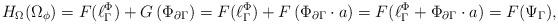
LaTeX: \begin{align*}H_\Omega(\Omega_{\phi}) = F(\ell^\Phi_{\Gamma} )+ G\left( \Phi_{{\partial \Gamma}}\right) = F(\ell^\Phi_{\Gamma}) + F\left(\Phi_{{\partial \Gamma}} \cdot a\right) = F(\ell^\Phi_{\Gamma}+\Phi_{{\partial \Gamma}} \cdot a) = F(\Psi_{\Gamma}), \end{align*}